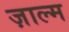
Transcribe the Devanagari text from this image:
ज़ाल्म